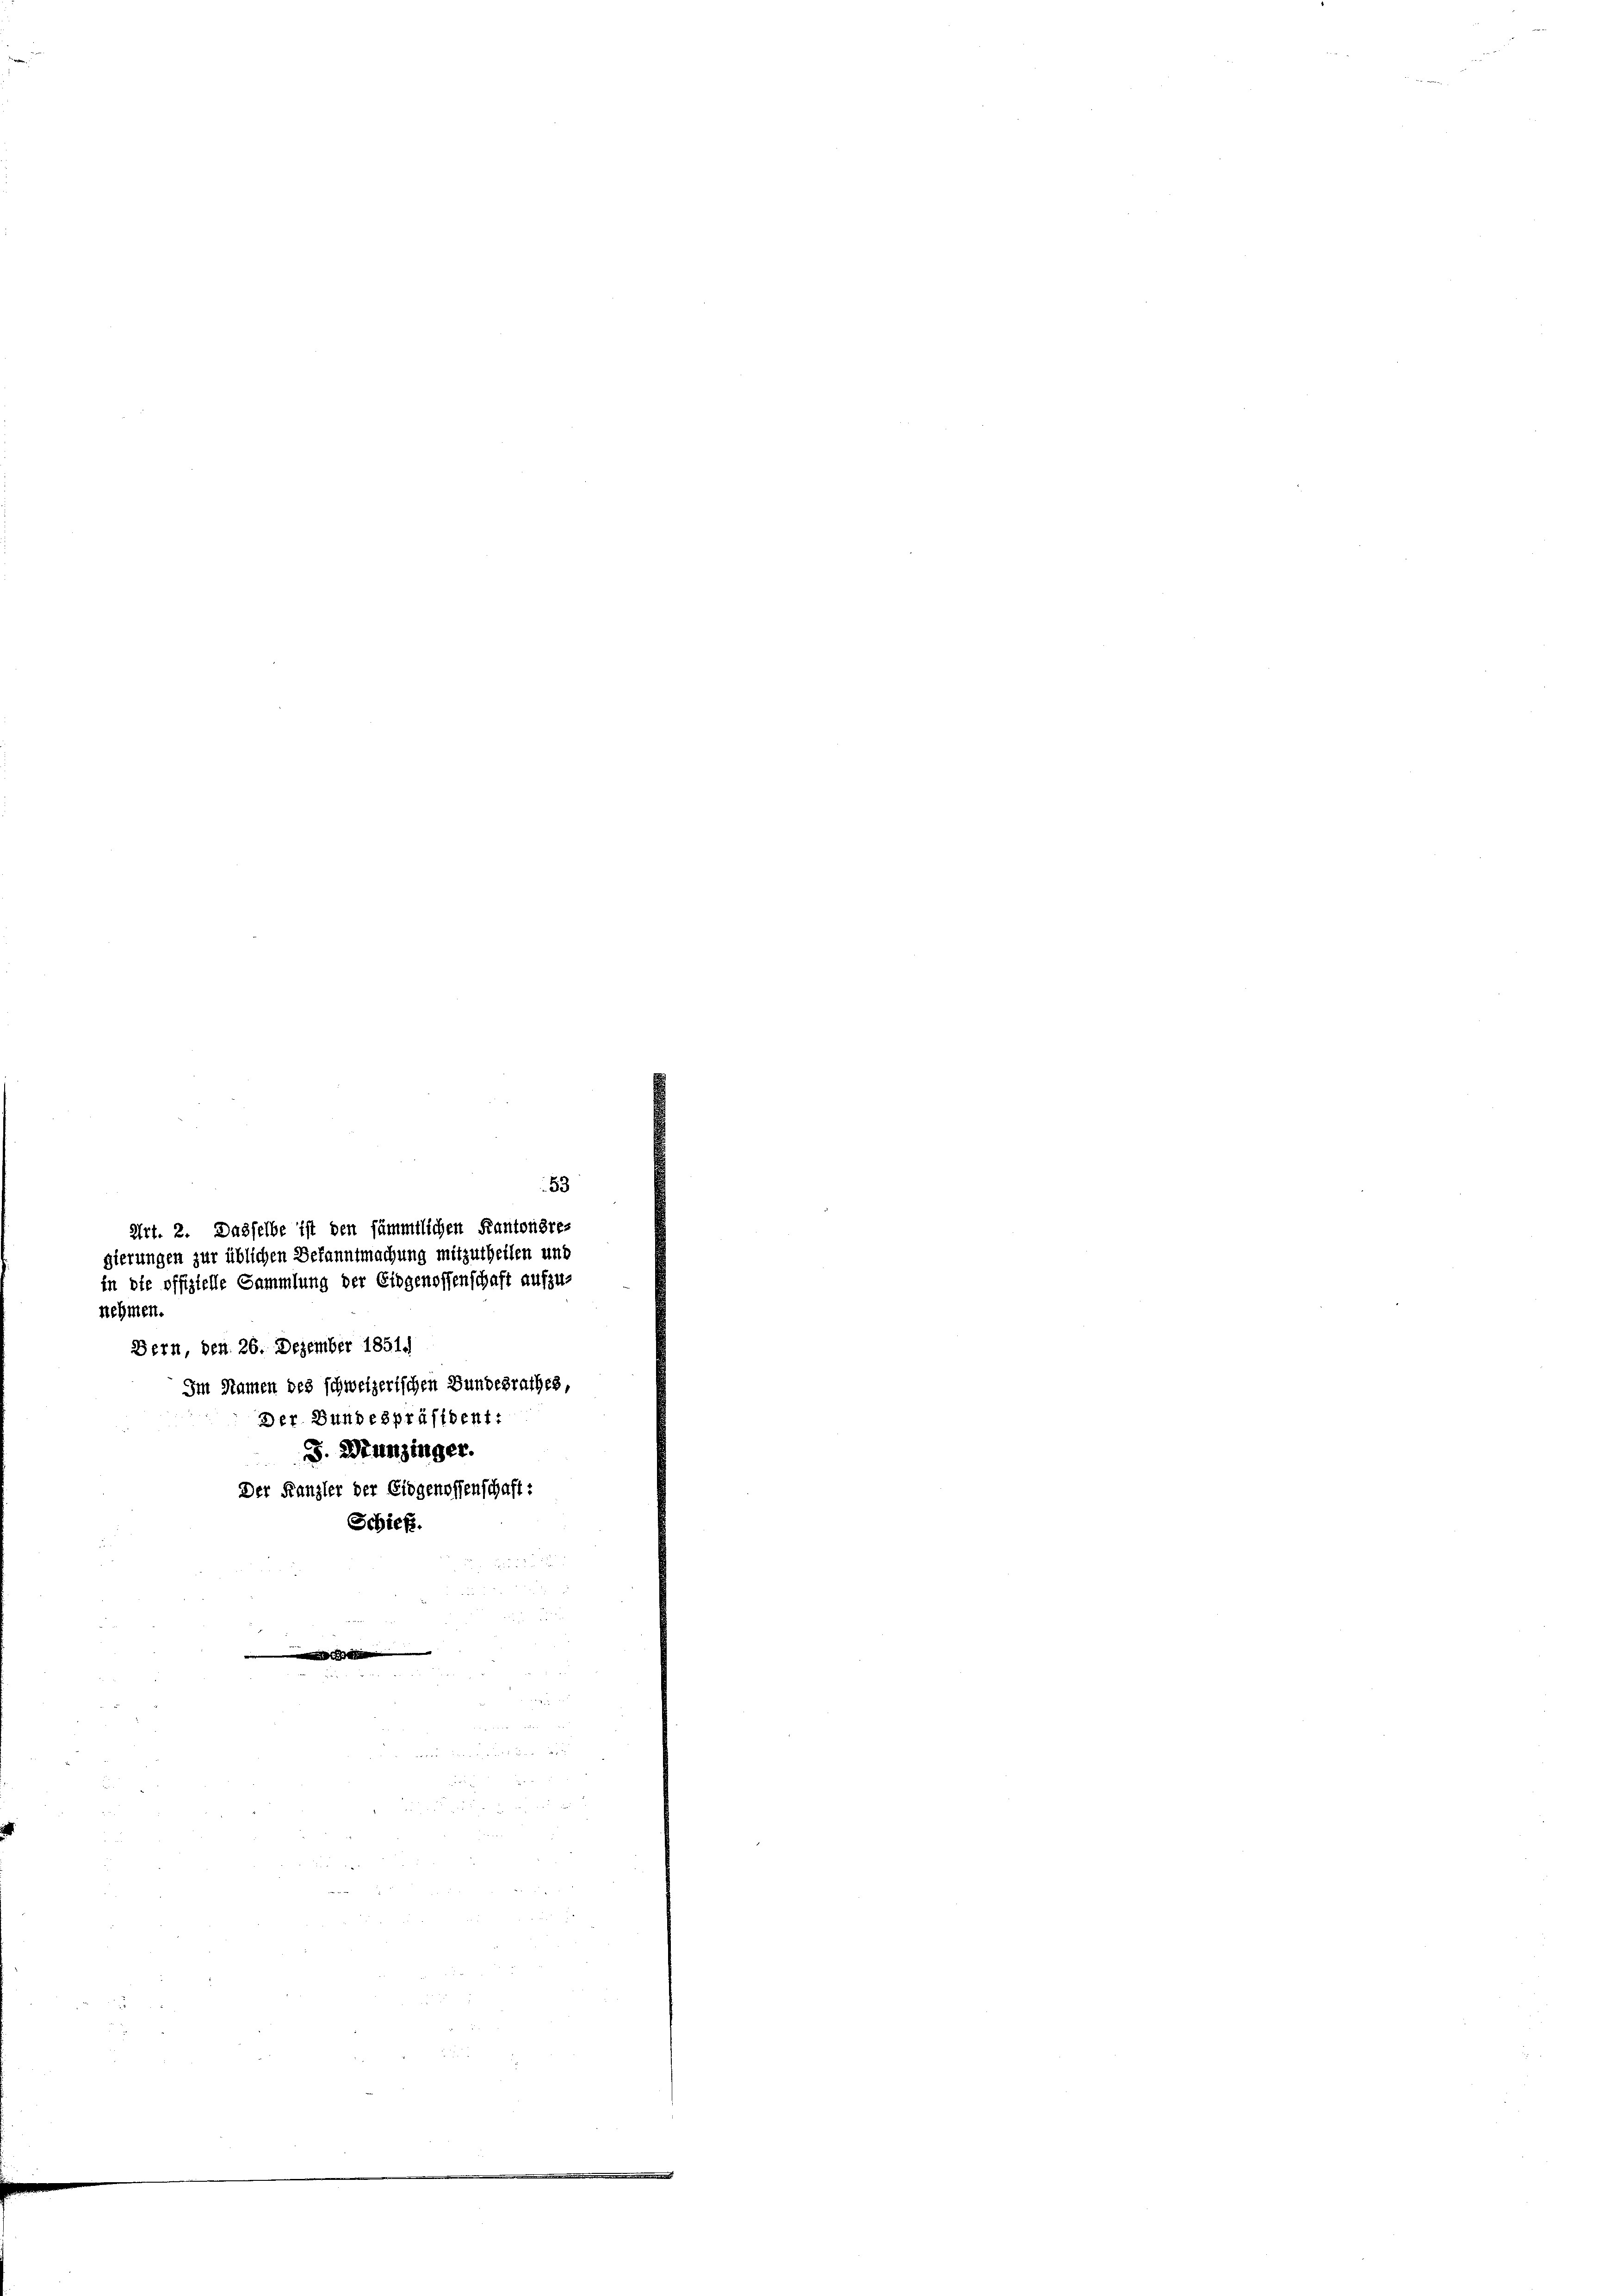
53
Art. 2. Dasselbe ist den sämmtlichen Kantonsres
gierungen zur üblichen Bekanntmachung mitzutheilen und

in die offizielle Sammlung der Eidgenossenschaft aufzu-
nehmen.
Bern, den 26. Dezember 1851.
Im Namen des schweizerischen Bundesrathes,

Der Bundespräsident:
. Wunzinger.
Der Kanzler der Eidgenossenschaft
Scbief.
.

d

.
i
u
de
 7